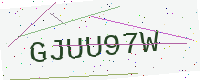
Text: GJUU97W